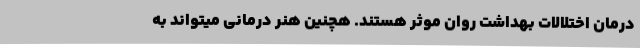
درمان اختلالات بهداشت روان موثر هستند. هچنین هنر درمانی میتواند به